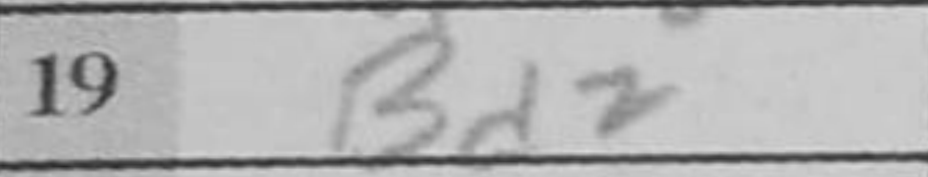
Transcription: Bd2